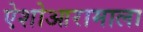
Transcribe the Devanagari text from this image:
ऐशोआरामाला